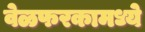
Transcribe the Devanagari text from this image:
वेळफरकामध्ये